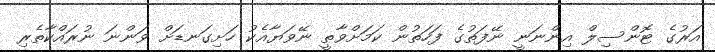
އަރުގެ ޓޮންސިލް އިންނަނީ ނޭފަތުގެ ފަހަތުން ކަމަށްވާތީ ނޭވަޔާއެކު ހަށިގަނޑަށް ވަންނަ ނުރައްކާތެރި